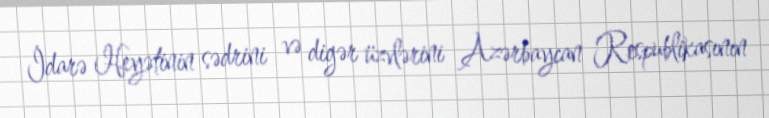
İdarə Heyətinin sədrini və digər üzvlərini Azərbaycan Respublikasının